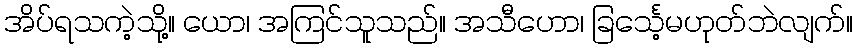
အိပ်ရသကဲ့သို့။ ယော၊ အကြင်သူသည်။ အသီဟော၊ ခြင်္သေ့မဟုတ်ဘဲလျက်။